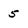
Character: 5